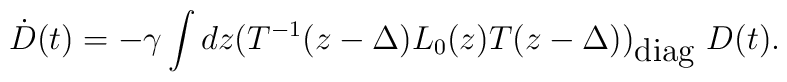
\dot{D}(t)=-\gamma \int dz (T^{-1}(z-\Delta )L_0(z)T(z-\Delta ))_{\mbox{diag}}~D(t).